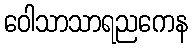
ဝေါသာသာရညကေန